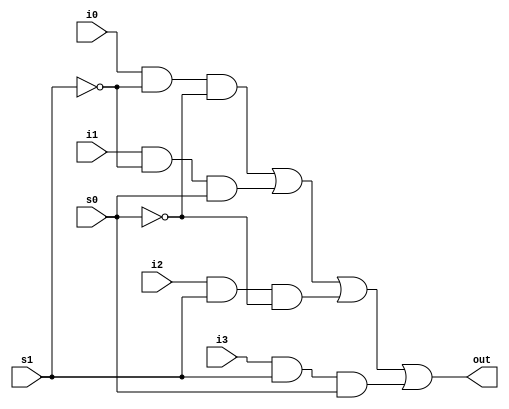
module mux4to1(

output out,
input i0, i1, i2, i3,
input s1, s0
);


wire s1n, s0n;
wire y0, y1, y2, y3;

not (s1n, s1);
not (s0n, s0);

and (y0, i0, s1n, s0n);
and (y1, i1, s1n, s0);
and (y2, i2, s1, s0n);
and (y3, i3, s1, s0);

or (out, y0, y1, y2, y3);

endmodule

// TEST BENCH

module tb;

reg IN0, IN1, IN2, IN3;
reg S1, S0;

wire OUTPUT;

mux4to1 mymux(.out(OUTPUT), .i0(IN0), .i1(IN1), .i2(IN2), .i3(IN3), .s1(S1), .s0(S0));


initial
begin

// input signal set value
IN0 = 1; IN1 = 0; IN2 = 1; IN3 = 0;
#10 $display("IN0 = %b, IN1 = %b, IN2 = %b, IN3 = %b \n", IN0, IN1, IN2, IN3);

// select IN0
S1 = 0; S0 = 0;
#10 $display("S1 = %b, S0 = %b, OUTPUT = %b \n", S1, S0, OUTPUT);

// select IN1
S1 = 0; S0 = 1;
#10 $display("S1 = %b, S0 = %b, OUTPUT = %b \n", S1, S0, OUTPUT);

// select IN2
S1 =1; S0 = 0;
#10 $display("S1 = %b, S0 = %b, OUTPUT = %b \n", S1, S0, OUTPUT);

// select IN3
S1 = 1; S0 = 1;
#10 $display("S1 = %b, S0 = %b, OUTPUT = %b \n", S1, S0, OUTPUT);
end


// gtkwave file
initial begin

$dumpfile("mux4ver1.vcd");
$dumpvars;
#50
$finish;
end


endmodule